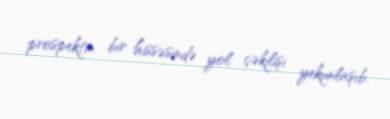
prospektin bir hissəsində yol çəkilişi yekunlaşıb.